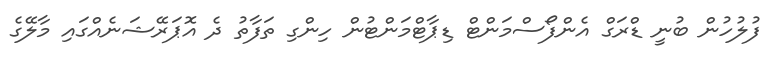
ފުލުހުން ބުނީ ޑްރަގް އެންފޯސްމަންޓް ޑިޕާޓްމަންޓުން ހިންގި ތަފާތު ދެ އޮޕަރޭޝަނެއްގައި މާލޭގެ